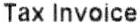
TAX INVOICE